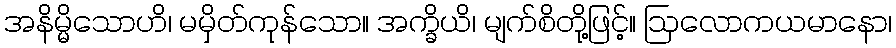
အနိမ္မိသောဟိ၊ မမှိတ်ကုန်သော။ အက္ခိယိ၊ မျက်စိတို့ဖြင့်။ ဩလောကယမာနော၊